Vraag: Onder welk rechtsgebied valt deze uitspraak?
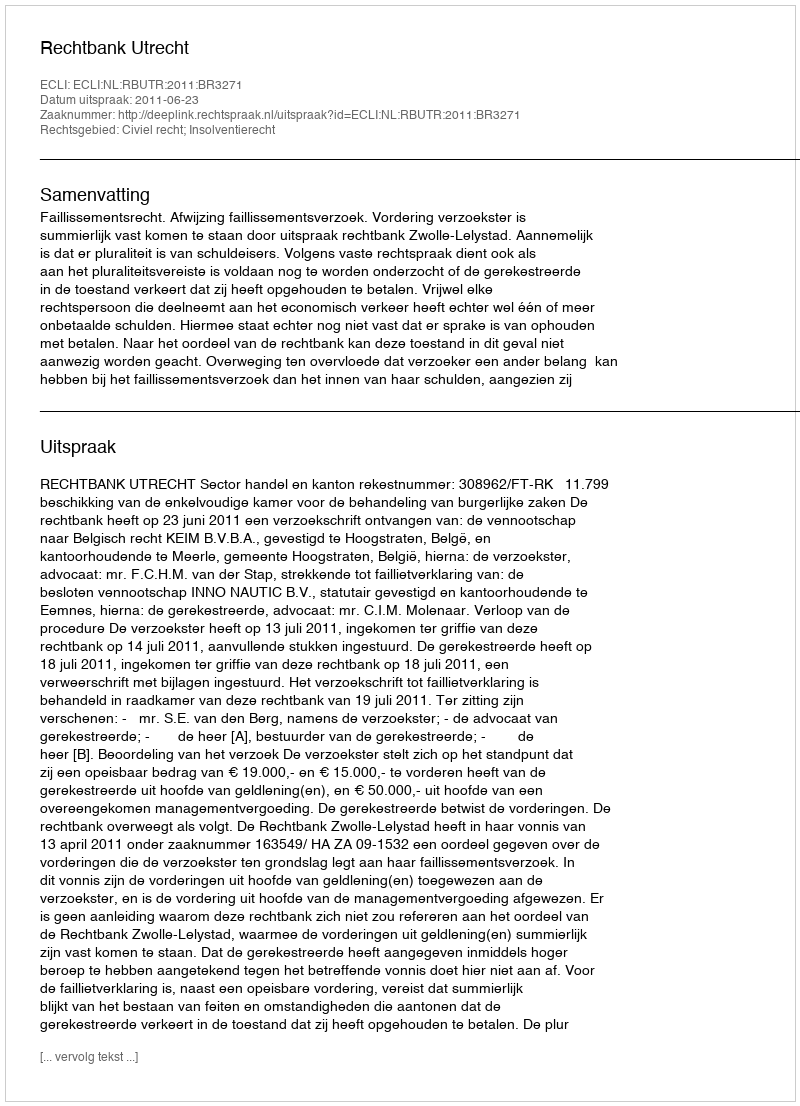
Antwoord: Civiel recht; Insolventierecht